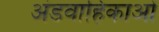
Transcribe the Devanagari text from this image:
अंडवाहिकाओं